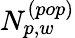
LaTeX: N_{p,w}^{(pop)}